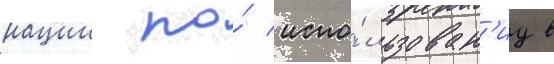
нации по́ испо́льзован'иу в